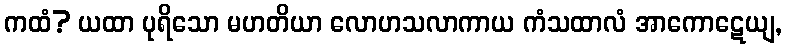
ကထံ? ယထာ ပုရိသော မဟတိယာ လောဟသလာကာယ ကံသထာလံ အာကောဋေယျ,